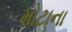
મોટાના